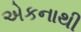
એકનાથી